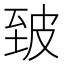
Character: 𰤣